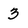
Character: 3